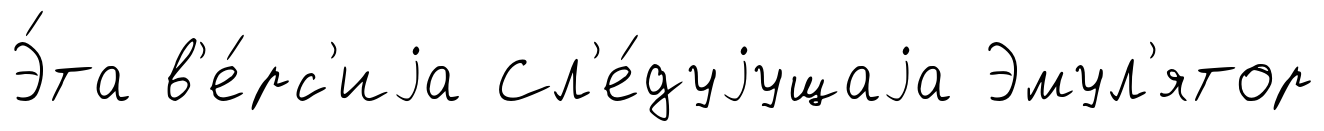
Э́та в'е́рс'иjа Сл'е́дуjущаjа Эмул'ятор